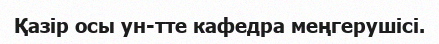
Қазір осы ун-тте кафедра меңгерушісі.